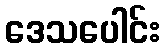
ဒေသပေါင်း